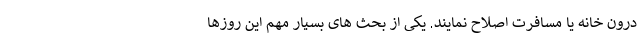
درون خانه یا مسافرت اصلاح نمایند. یکی از بحث های بسیار مهم این روزها